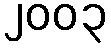
၂၀၀၃